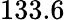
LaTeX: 133.6